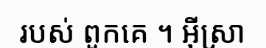
របស់ ពួកគេ ។ អ៊ីស្រា